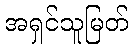
အရှင်သူမြတ်